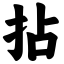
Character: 拈